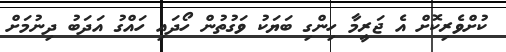
ކުށްވެރިކޮށް އެ ޖަރީމާ ހިންގި ބަޔަކު ވަގުތުން ހޯދައި ހައްގު އަދަބު ދިނުމަށް